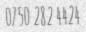
0750 282 4424